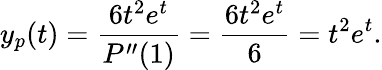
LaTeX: y_{p}(t)={\frac{6t^{2}e^{t}}{P^{\prime\prime}(1)}}={\frac{6t^{2}e^{t}}{6}}=t^{2}e^{t}.